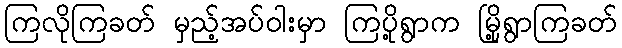
ကြလိုကြခတ် မှည့်အပ်ဝါးမှာ ကြပို့ရွာက မြို့ရွာကြခတ်